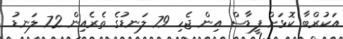
އަކުރްބާ ކޮޅަށް ފީޑާސް އިން ޖެހި 79 ލަނޑުގެ ތެރެއިން 72 ލަނޑު